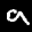
Label: 9